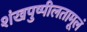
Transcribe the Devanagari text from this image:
शंखपुष्पीलतामूलं